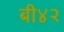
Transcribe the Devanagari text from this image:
बी४२